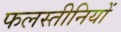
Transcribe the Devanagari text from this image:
फलस्तीनियों